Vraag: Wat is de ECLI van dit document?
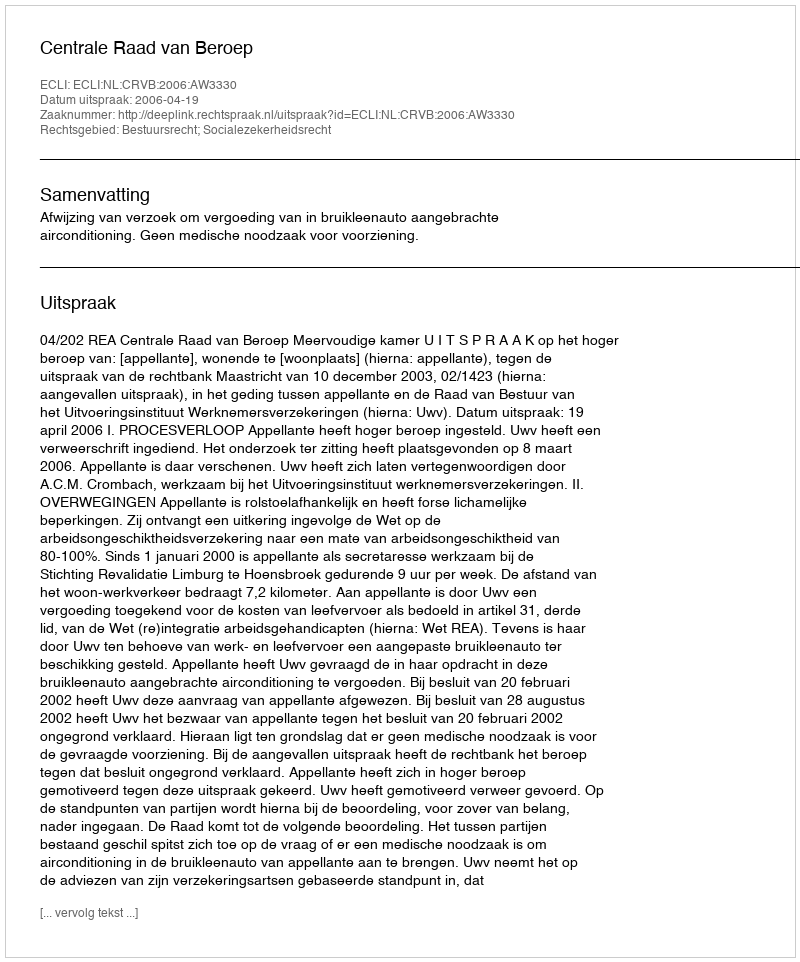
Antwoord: ECLI:NL:CRVB:2006:AW3330